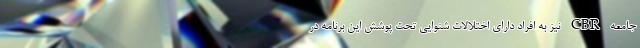
جامعه CBR نیز به افراد دارای اختلالات شنوایی تحت پوشش این برنامه در